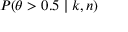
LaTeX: P ( \theta > 0 . 5 \mid k , n )